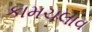
કામચલાવ